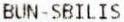
BUN-SBILIS